Leaving Certificate, 1937
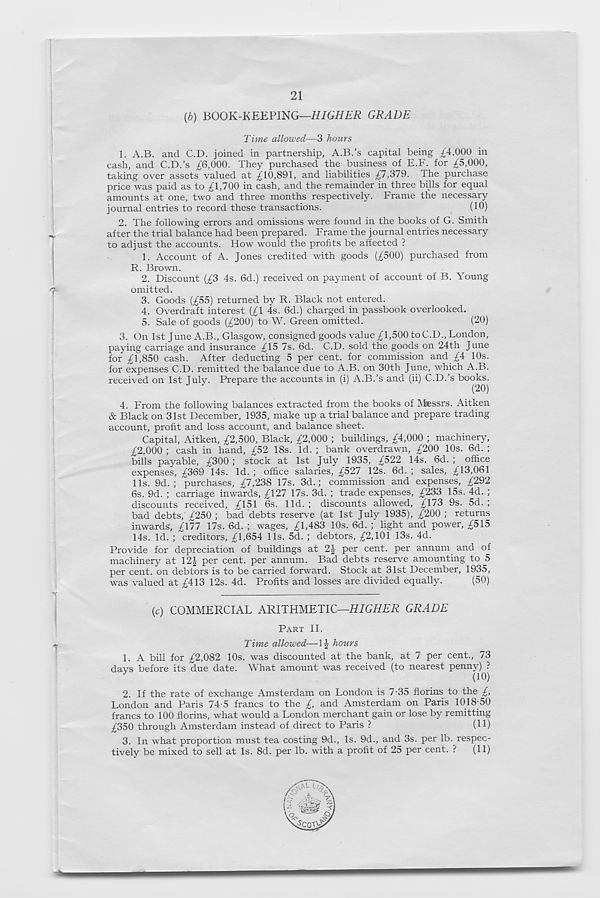
21
(6) BOOK-KEEPING—HIGHER GRADE
Time allowed—3 hours
1. A.B. and C.D. joined in partnership, A.B.’s capital being £'4,000 in
cash, and C.D.’s £6,000. They purchased the business of E.F. for £5,000,
taking over assets valued at £10,891, and liabilities £7,379. The purchase
price was paid as to £1,700 in cash, and the remainder in three bills for equal
amounts at one, two and three months respectively. Frame the necessary
journal entries to record these transactions.
(10)
2. The following errors and omissions were found in the books of G. Smith
after the trial balance had been prepared. Frame the journal entries necessary
to adjust the accounts. How would the profits be affected ?
1. Account of A. Jones credited with goods (£500) purchased from
R. Brown.
2. Discount (£3 4s. 6d.) received on payment of account of B. Young
omitted.
3. Goods (£55) returned by R. Black not entered.
4. Overdraft interest (£1 4s. 6d.) charged in passbook overlooked.
5. Sale of goods (£200) to W. Green omitted.
(20)
3. On 1st June A.B., Glasgow, consigned goods value £1,500 toC.D., London,
paying carriage and insurance £15 7s. 6d. C.D. sold the goods on 24th June
for £1,850 cash. After deducting 5 per cent, for commission and £4 10s.
for expenses C.D. remitted the balance due to A.B. on 30th June, which A.B.
received on 1st July. Prepare the accounts in (i) A.B.’s and (ii) C.D.’s books.
(20)
4. From the following balances extracted from the books of Afessrs. Aitken
& Black on 31st December, 1935, make up a trial balance and prepare trading
account, profit and loss account, and balance sheet.
Capital, Aitken, £2,500, Black, £2,000 ; buildings, £4,000 ; machinery,
£2,000 ; cash in hand, £52 18s. Id. ; bank overdrawn, £200 10s. 6d. ;
bills payable, £300; stock at 1st July 1935, £522 14s. 6d. ; office
expenses, £369 14s. Id. ; office salaries, £527 12s. 6d. ; sales, £13,061
11s. 9d. ; purchases, £7,238 17s. 3d.; commission and expenses, £292
6s. 9d. ; carriage inwards, £127 17s. 3d. ; trade expenses, £233 15s. 4d. ;
discounts received, £151 6s. lid. ; discounts allowed, £173 9s. 5d. ;
bad debts,'£250 ; bad debts reserve (at 1st July 1935), £200 ; returns
inwards, £177 17s. 6d. ; wages, £1,483 10s. 6d. ; light and power, £515
14s. Id. ; creditors, £1,654 11s. 5d. ; debtors, £2,101 13s. 4d.
Provide for depreciation of buildings at 2^ per cent, per annum and of
machinery at \2\ per cent, per annum. Bad debts reserve amounting to 5
per cent, on debtors is to be carried forward. Stock at 31st December, 1935,
was valued at £413 12s. 4d. Profits and losses are divided equally.
(50)
(c) COMMERCIAL ARITHMETIC—HIGHER GRADE
PART II.
Time allowed—If hours
1. A bill for £2,082 10s. was discounted at the bank, at 7 per cent., 73
davs before its due date. What amount was received (to nearest penny) ?
y
(10)
2. If the rate of exchange Amsterdam on London is 7-35 florins to the £,
London and Paris 74-5 francs to the £, and Amsterdam on Paris 1018-50
francs to 100 florins, what would a London merchant gain or lose by remitting
£350 through Amsterdam instead of direct to Paris ?
(H)
3. In what proportion must tea costing 9d., Is. 9d., and 3s. per lb. respec-
tively be mixed to sell at Is. 8d. per lb. with a profit of 25 per cent. ?
(11)